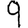
Digit: 9